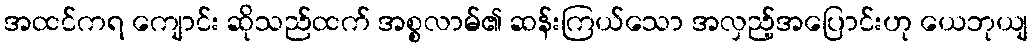
အထင်ကရ ကျောင်း ဆိုသည်ထက် အစ္စလာမ်၏ ဆန်းကြယ်သော အလှည့်အပြောင်းဟု ယေဘုယျ